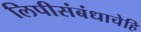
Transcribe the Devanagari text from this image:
लिपीसंबंधाचेहि